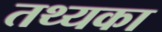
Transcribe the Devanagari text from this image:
तथ्यका